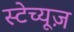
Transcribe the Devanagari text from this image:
स्टेच्यूज़